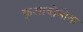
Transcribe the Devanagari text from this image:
कुआव्तेमोक